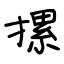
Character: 摞